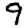
Digit: 9